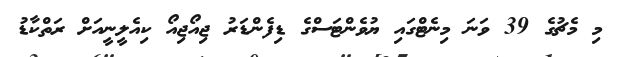
މި މެޗުގެ 39 ވަނަ މިނެޓްގައި ޔުވެންޓަސްގެ ޑިފެންޑަރު ޖިއޯޖިއޯ ކިއެލީނީއަށް ރަތްކާޑު